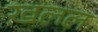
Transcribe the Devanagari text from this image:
ख़लल